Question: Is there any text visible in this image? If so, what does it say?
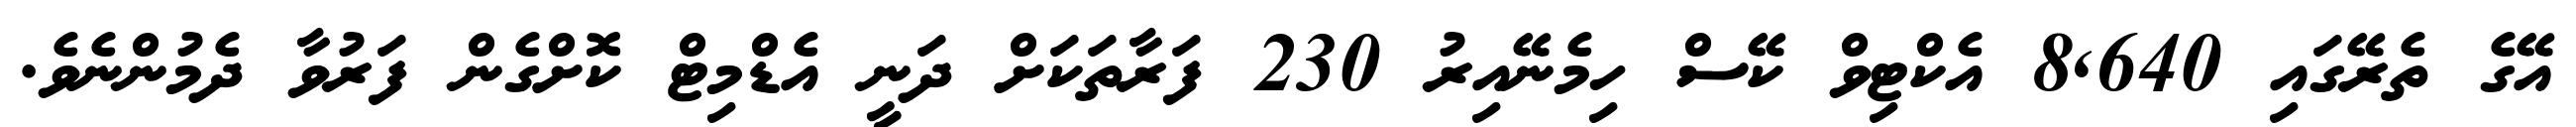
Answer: އޭގެ ތެރޭގައި 8,640 އެކްޓިވް ކޭސް ހިމެނޭއިރު 230 ފަރާތަކަށް ދަނީ އެޑްމިޓް ކޮށްގެން ފަރުވާ ދެމުންނެވެ.